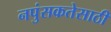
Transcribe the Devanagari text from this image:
नपुंसकतेसाठी